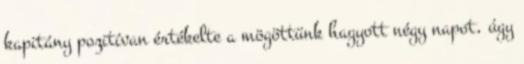
kapitány pozitívan értékelte a mögöttünk hagyott négy napot, úgy